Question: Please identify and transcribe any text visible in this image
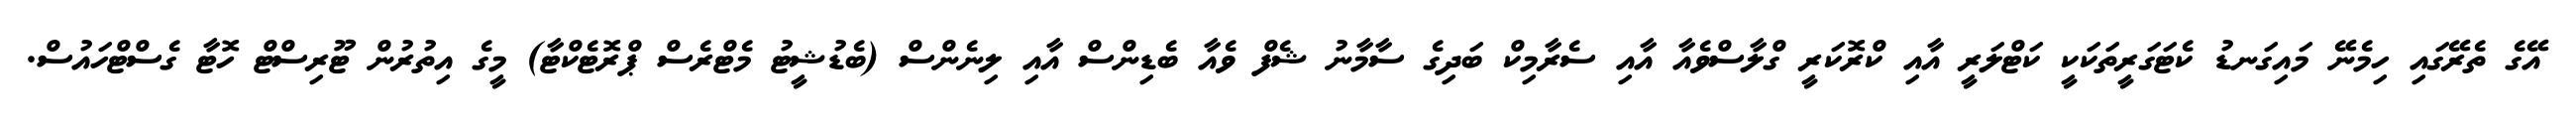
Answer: އޭގެ ތެރޭގައި ހިމެނޭ މައިގަނޑު ކެޓަގަރީތަކަކީ ކަޓްލަރީ އާއި ކްރޮކަރީ ގްލާސްވެއާ އާއި ސެރާމިކް ބަދިގެ ސާމާނު ޝެފް ވެއާ ބެޑިންސް އާއި ލިނެންސް (ބެޑުޝީޓު މެޓްރެސް ޕްރޮޓެކްޓާ) މީގެ އިތުރުން ޓޫރިސްޓް ހޮޓާ ގެސްޓްހައުސް.